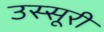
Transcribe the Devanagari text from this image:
उस्सूरी